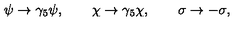
\psi \rightarrow \gamma _ { 5 } \psi , \qquad \chi \rightarrow \gamma _ { 5 } \chi , \qquad \sigma \rightarrow - \sigma ,